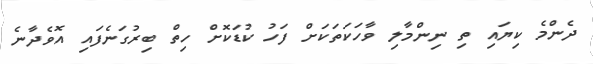
ދެންމެ ކިޔައި ތި ނިންމާލި ވާހަކަތަކަށް ފަހު ކުޑަކޮށް ހިތް ބިރުގަނެފައި އޮވެދާނެ